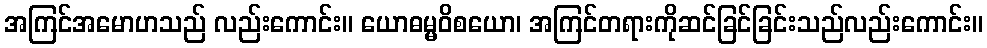
အကြင်အမောဟသည် လည်းကောင်း။ ယောဓမ္မဝိစယော၊ အကြင်တရားကိုဆင်ခြင်ခြင်းသည်လည်းကောင်း။